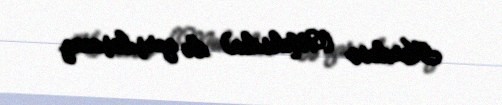
Kardoso (Meksika) ilə qarşılaşacaq.